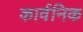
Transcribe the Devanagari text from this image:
कार्वनिक